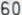
600